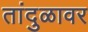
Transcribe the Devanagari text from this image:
तांदुळावर